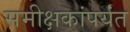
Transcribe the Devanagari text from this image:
समीक्षकांपर्यंत